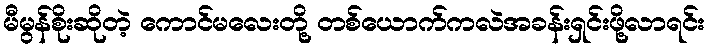
မီမွန်စိုးဆိုတဲ့ ကောင်မလေးတို့ တစ်ယောက်ကလဲအခန်းရှင်းဖို့လာရင်း